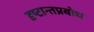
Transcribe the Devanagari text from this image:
दृष्टान्तप्रबोध